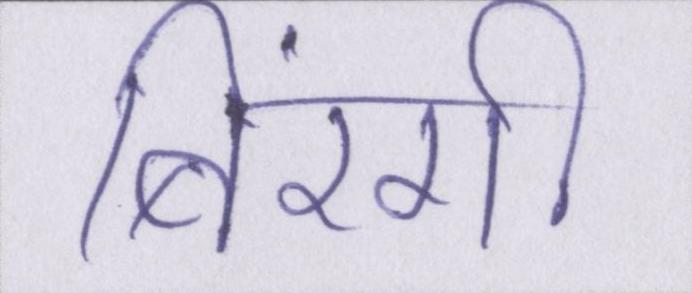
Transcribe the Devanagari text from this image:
बिरंगी